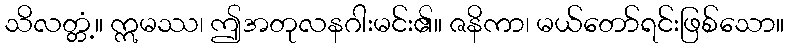
သိလတ္တံ့။ ဣမဿ၊ ဤအတုလနဂါးမင်း၏။ ဇနိကာ၊ မယ်တော်ရင်းဖြစ်သော။